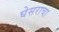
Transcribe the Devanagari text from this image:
घेसराचा